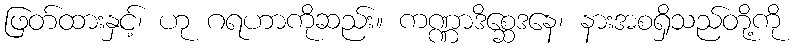
ဖြတ်ထားနှင့်၊ ဟု ဂရဟာကိုဆည်း။ ကဏ္ဏာဒိစ္ဆေဒနေ၊ နားအစရှိသည်တို့ကို